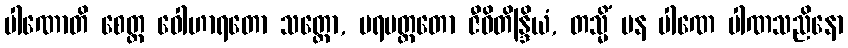
ပါဏောတိ စေတ္ထ ဝေါဟာရတော သတ္တော, ပရမတ္ထတော ဇီဝိတိန္ဒြိယံ, တသ္မိံ ပန ပါဏေ ပါဏသညိနော